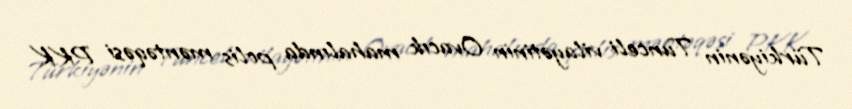
Türkiyənin Tunceli vilayətinin Ovacık mahalında polis məntəqəsi PKK